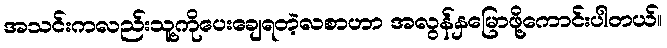
အသင်းကလည်းသူ့ကိုပေးချေရတဲ့လစာဟာ အလွန်နှမြောဖို့ကောင်းပါတယ်။